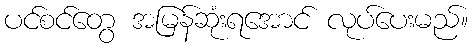
ပင်စင်တွေ အမြန်ဆုံးရအောင် လုပ်ပေးမည်။